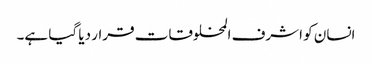
انسان کو اشرف المخلوقات قرار دیا گیا ہے۔